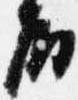
殿